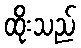
ထိုးသည်